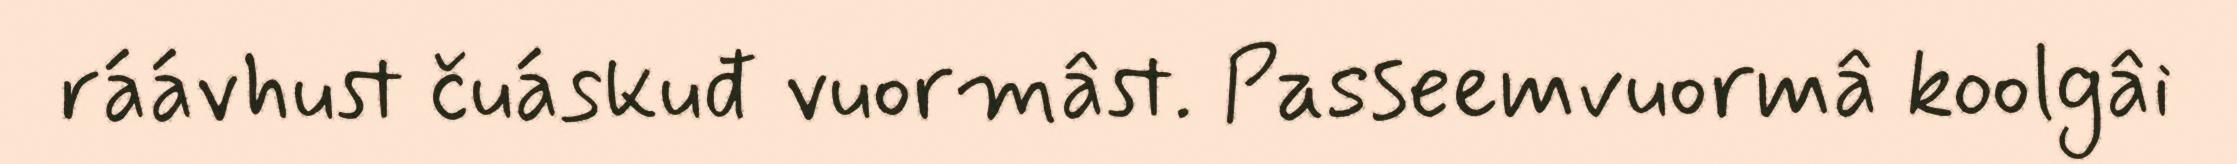
ráávhust čuáskuđ vuormâst. Passeemvuormâ koolgâi